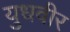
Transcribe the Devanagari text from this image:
युधवीर